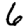
Digit: 6